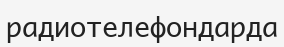
радиотелефондарда